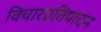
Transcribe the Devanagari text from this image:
विचारप्रतिपादन